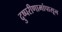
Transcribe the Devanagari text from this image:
दुष्परीणामांपासून